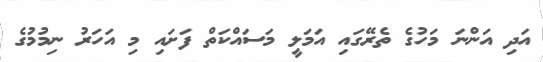
އަދި އަންނަ މަހުގެ ތެރޭގައި އަމަލީ މަސައްކަތް ފަށައި މި އަހަރު ނިމުމުގެ